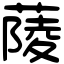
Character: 䔖